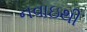
નવાઇથી